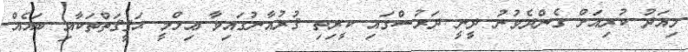
މިއަދު ކުރިއަށް ގެންދެވުނު ދީނީ ދަރުސްގައި ކީރިތި ޤުރުއާނުގައިވާ ޢިލްމީ ޙަޤީޤަތްތަކާއި ބައެއް